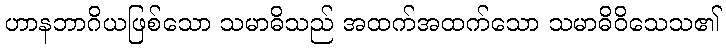
ဟာနဘာဂိယဖြစ်သော သမာဓိသည် အထက်အထက်သော သမာဓိဝိသေသ၏